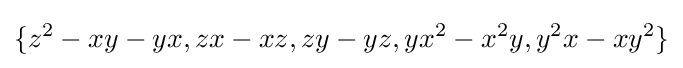
\{z^{2}-xy-yx,zx-xz,zy-yz,yx^{2}-x^{2}y,y^{2}x-xy^{2}\}